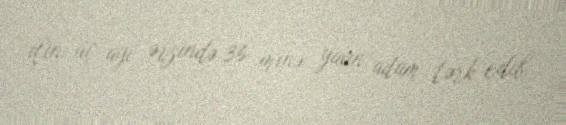
ilin üç ayı ərzində 36 minə yaxın adam tərk edib.